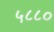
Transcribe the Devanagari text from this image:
५८८०